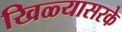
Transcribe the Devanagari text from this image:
खिळ्यासरके